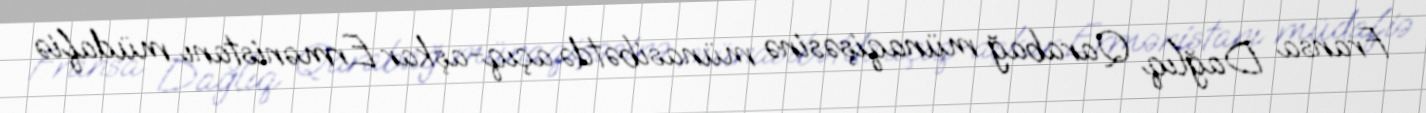
Fransa Dağlıq Qarabağ münaqişəsinə münasibətdə açıq-aşkar Ermənistanı müdafiə